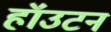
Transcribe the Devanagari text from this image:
हॉउटन